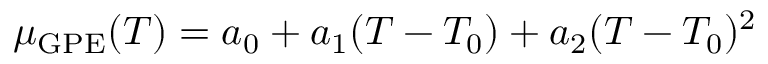
\mu _ { \mathrm { G P E } } ( T ) = a _ { 0 } + a _ { 1 } ( T - T _ { 0 } ) + a _ { 2 } ( T - T _ { 0 } ) ^ { 2 }